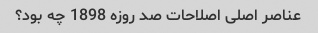
عناصر اصلی اصلاحات صد روزه 1898 چه بود؟